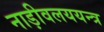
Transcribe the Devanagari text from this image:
नाड़ीवलययन्त्र